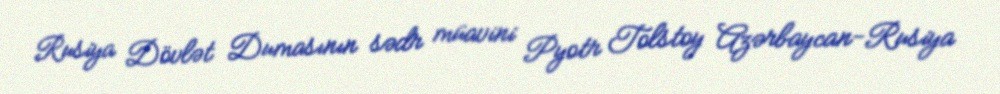
Rusiya Dövlət Dumasının sədr müavini Pyotr Tolstoy Azərbaycan-Rusiya